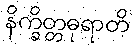
နိက္ခိတ္တဓုရာတိ